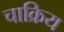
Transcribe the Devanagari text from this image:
चाक्रिय